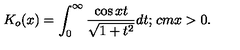
K _ { o } ( x ) = \int _ { 0 } ^ { \infty } \frac { \cos x t } { \sqrt { 1 + t ^ { 2 } } } d t ; \hspace * { 1 c m } x > 0 .